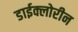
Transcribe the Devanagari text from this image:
डाईक्लोरीन